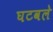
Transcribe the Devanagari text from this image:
घटवले